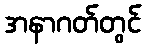
အနာဂတ်တွင်